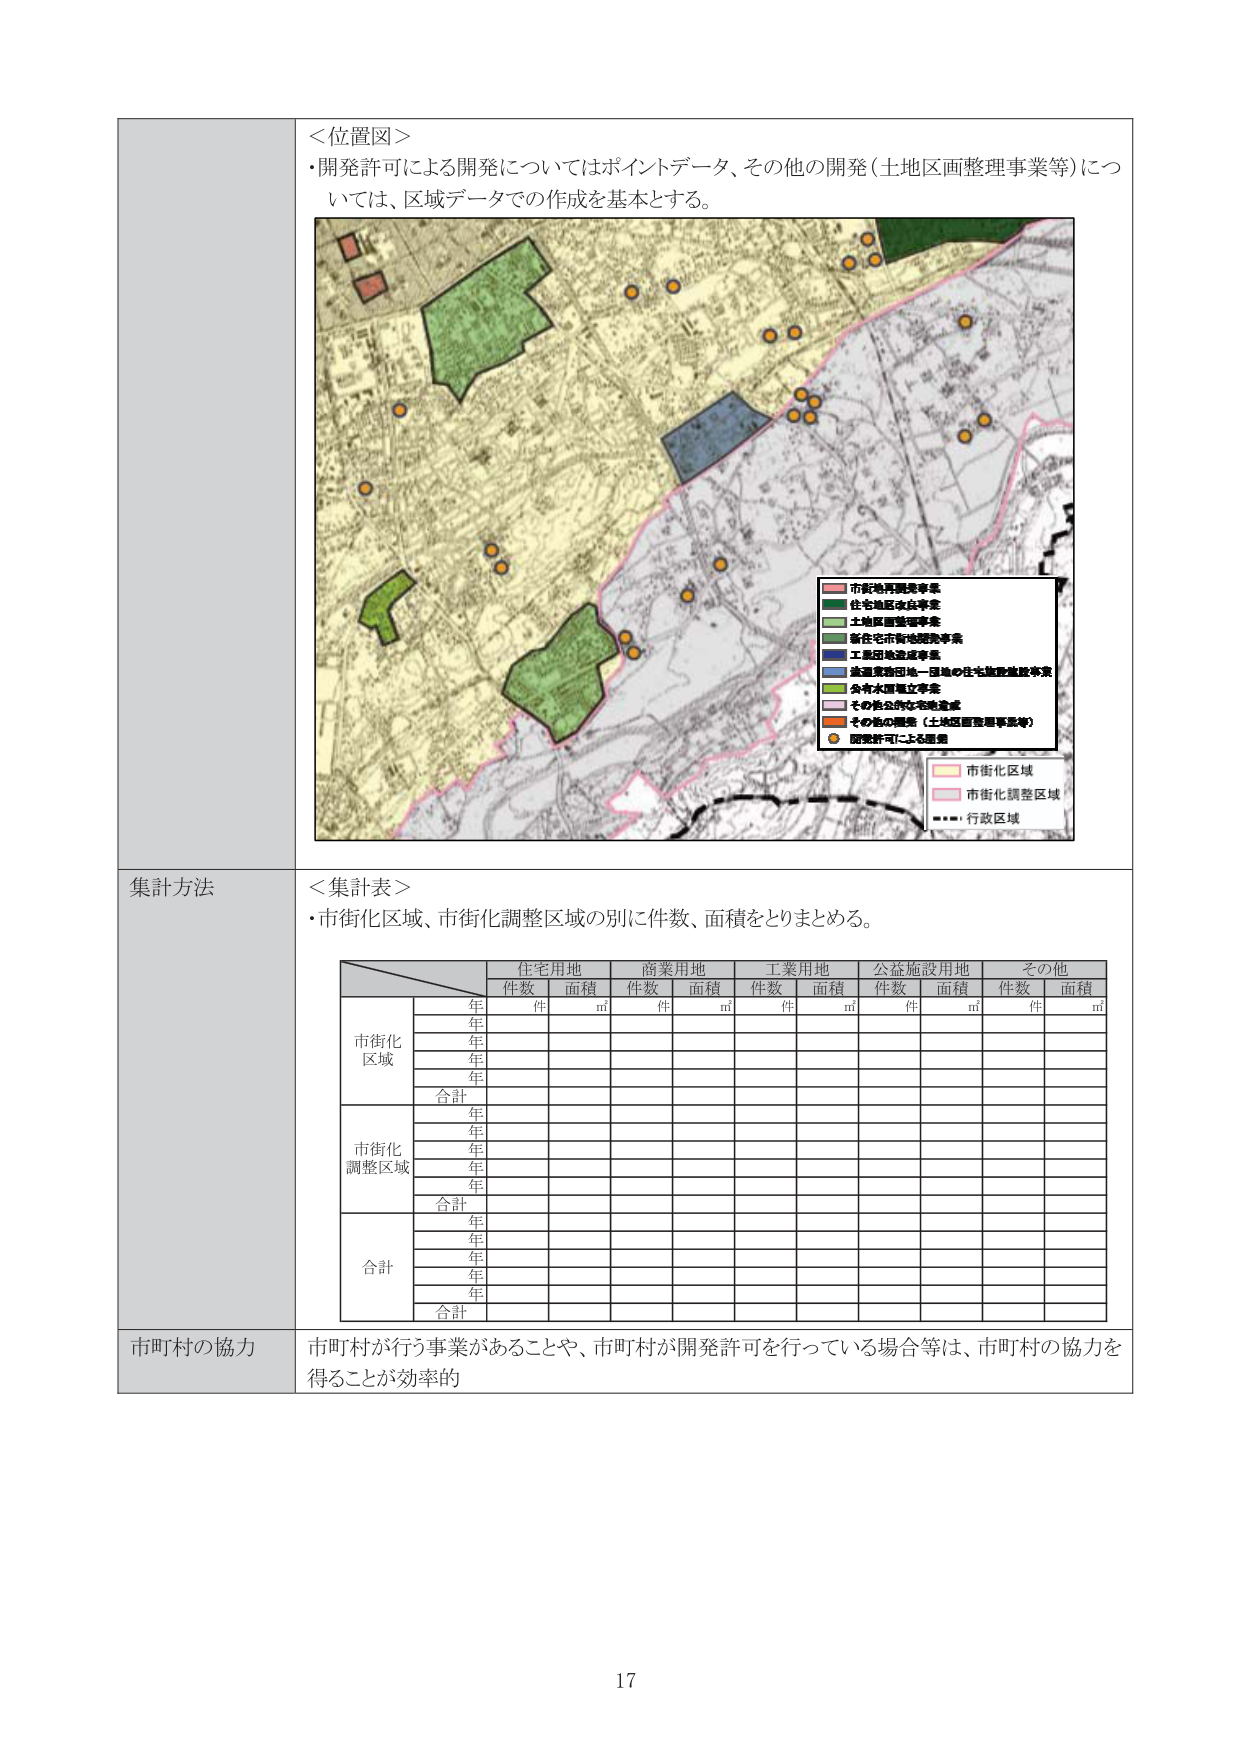
＜位置図＞
・開発許可による開発についてはポイントデータ、その他の開発（土地区画整理事業等）については、区域データでの作成を基本とする。

市街地再開発事業
住宅地造成事業
土地区画整理事業
新住宅市街地開発事業
工業団地造成事業
農業振興団地・団地の住宅施設建設事業
公有水面埋立事業
その他公的住宅地造成
その他の開発（土地区画整理事業等）
開発許可による開発

市街化区域
市街化調整区域
行政区域

集計方法
＜集計表＞
・市街化区域、市街化調整区域の別に件数、面積をとりまとめる。

住宅用地　商業用地　工業用地　公益施設用地　その他
件数　面積　件数　面積　件数　面積　件数　面積　件数　面積
件　㎡　件　㎡　件　㎡　件　㎡　件　㎡

市街化
区域
年
年
年
年
合計

市街化
調整区域
年
年
年
年
合計

合計
年
年
年
年
合計

市町村の協力
市町村が行う事業があることや、市町村が開発許可を行っている場合等は、市町村の協力を得ることが効率的

17